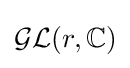
{\mathcal {GL}}(r,\mathbb {C} )